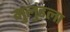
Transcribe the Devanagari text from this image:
मुलुंडला